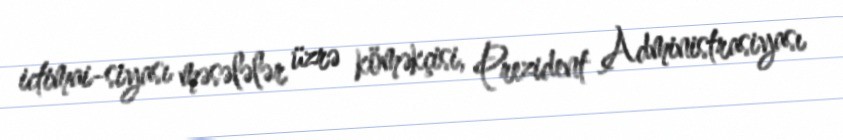
ictimai-siyası məsələlər üzrə köməkçisi, Prezident Administrasiyası